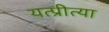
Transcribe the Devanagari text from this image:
यत्प्रीत्या